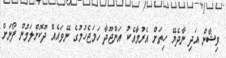
ވިޝާން އަދި ނާދެޔޭ ހިތަށް އެރުމާއެކު އަންޖޫދާ ހަމަޖެހުމުގެ ނޭވައެއް ދޫކޮށްލަމުން ފޯނަށް